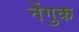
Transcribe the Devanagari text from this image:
नेंगुक